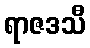
ရာဇဒသီ